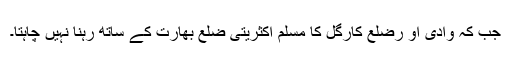
جب کہ وادی او رضلع کارگل کا مسلم اکثریتی ضلع بھارت کے ساتھ رہنا نہیں چاہتا۔